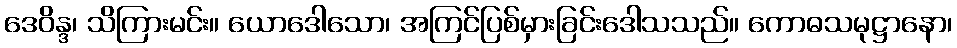
ဒေဝိန္ဒ၊ သိကြားမင်း။ ယောဒေါသော၊ အကြင်ပြစ်မှားခြင်းဒေါသသည်။ ကောဓသမုဋ္ဌာနော၊